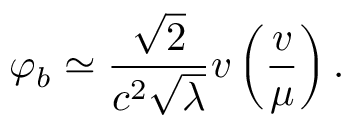
\varphi _ { b } \simeq \frac { \sqrt { 2 } } { c ^ { 2 } \sqrt { \lambda } } v \left( \frac { v } { \mu } \right) .